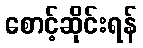
စောင့်ဆိုင်းရန်